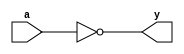
module NOT_gate(
    input wire a,
    output reg y
);

always @(*)
begin
    y = ~a;
end

endmodule